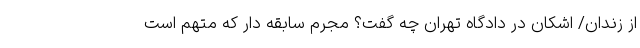
از زندان/ اشکان در دادگاه تهران چه گفت؟ مجرم سابقه دار که متهم است